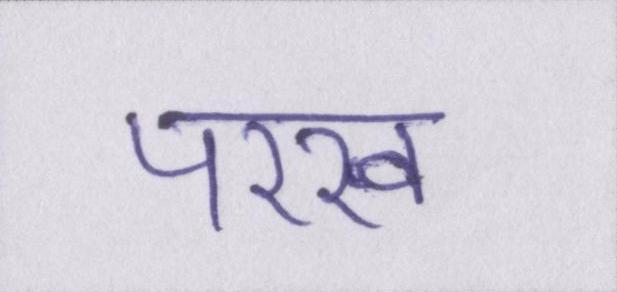
परख